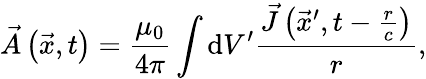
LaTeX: \vec{A}\left(\vec{x},t\right)=\frac{\mu_{0}}{4\pi}\int\mathrm{d}V^{\prime}\frac{\vec{J}\left(\vec{x}^{\prime},t-\frac{r}{c}\right)}{r},